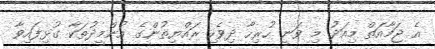
އެ ޖަމާއަތް މިއަދު މި ވަނީ ހުރިހާ ދިވެހި ރައްޔިތުންގެ އުންމީދުތަކާ ގުޅިފައިވާ